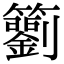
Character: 𥷢